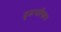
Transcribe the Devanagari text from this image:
दृढपरिकरः